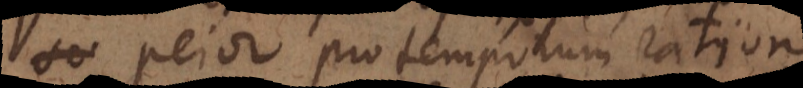
pejor pro temporum ratione